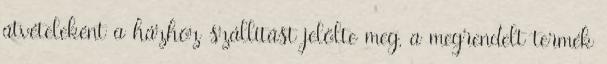
átvételeként a házhoz szállítást jelölte meg, a megrendelt termék